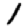
Digit: 1